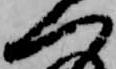
へ